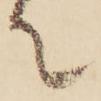
て